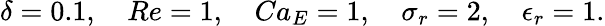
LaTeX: \delta=0.1,\quad Re=1,\quad Ca_{E}=1,\quad\sigma_{r}=2,\quad\epsilon_{r}=1.